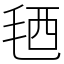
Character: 毢